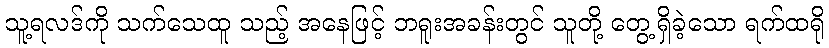
သူ့ရလဒ်ကို သက်သေထူ သည့် အနေဖြင့် ဘရူးအခန်းတွင် သူတို့ တွေ့ရှိခဲ့သော ရက်ထရို